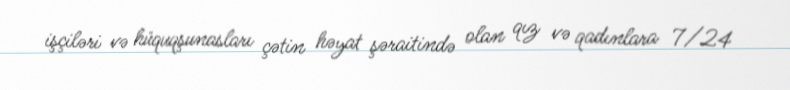
işçiləri və hüquqşunasları çətin həyat şəraitində olan qız və qadınlara 7/24